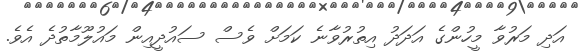
އަދި މަރުވާ މީހުންގެ އަދަދު އިތުރުވާނެ ކަމަށް ވެސް ސައުދީއިން މައުލޫމާތުދެ އެވެ.